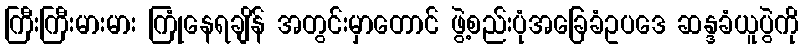
ကြီးကြီးမားမား ကြုံနေရချိန် အတွင်းမှာတောင် ဖွဲ့စည်းပုံအခြေခံဥပဒေ ဆန္ဒခံယူပွဲကို